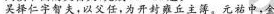
吴择仁字智夫，以父任，为开封雍丘主簿。元祐中，金